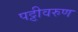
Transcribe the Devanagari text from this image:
पट्टीवरुण